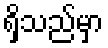
ရှိသည်မှာ